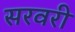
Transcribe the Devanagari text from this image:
सरवरी